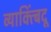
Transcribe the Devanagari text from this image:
व्याक्त्बिंदू